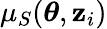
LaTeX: \mu_{S}(\boldsymbol{\theta},\mathbf{z}_{i})